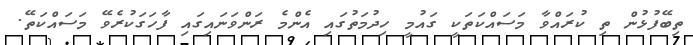
ތިބޭފުޅުން ތި ކުރައްވާ މަސައްކަތަކީ ގައުމީ ހިދުމަތުގައި އެންމެ ރަންވަނައިގައި ފާހަގަކުރެވޭ މަސައްކަތޭ.